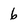
Character: 6